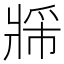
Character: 𬌈